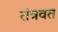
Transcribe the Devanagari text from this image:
तंत्रवत